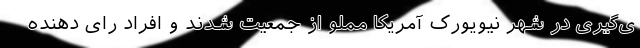
ی‌گیری در شهر نیویورک آمریکا مملو از جمعیت شدند و افراد رای دهنده